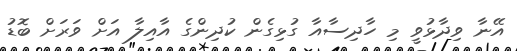
އޭނާ ވިދާޅުވީ މި ހާދިސާއާ ގުޅިގެން ކުދިންގެ އާއިލާ އަށް ވަރަށް ބޮޑު